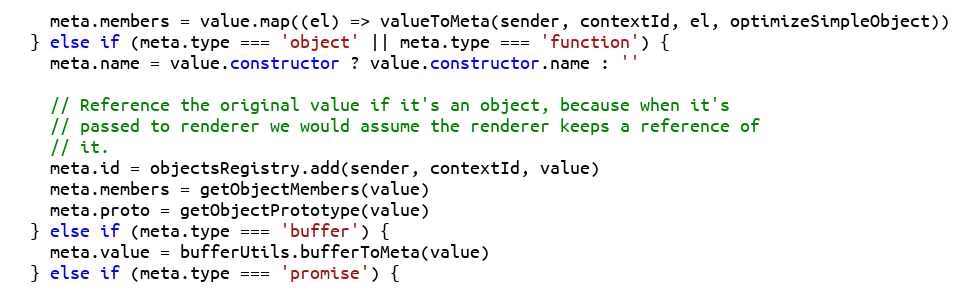
Language: JavaScript
    meta.members = value.map((el) => valueToMeta(sender, contextId, el, optimizeSimpleObject))
  } else if (meta.type === 'object' || meta.type === 'function') {
    meta.name = value.constructor ? value.constructor.name : ''

    // Reference the original value if it's an object, because when it's
    // passed to renderer we would assume the renderer keeps a reference of
    // it.
    meta.id = objectsRegistry.add(sender, contextId, value)
    meta.members = getObjectMembers(value)
    meta.proto = getObjectPrototype(value)
  } else if (meta.type === 'buffer') {
    meta.value = bufferUtils.bufferToMeta(value)
  } else if (meta.type === 'promise') {